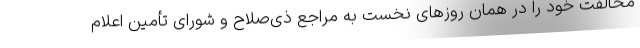
مخالفت خود را در همان روزهای نخست به مراجع ذی‌صلاح و شورای تأمین اعلام